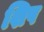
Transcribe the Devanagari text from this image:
शिष